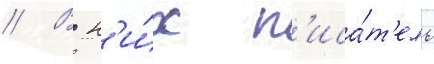
// В н'и́х п'иса́т'ель